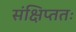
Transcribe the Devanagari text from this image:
संक्षिप्ततः